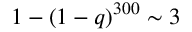
1 - ( 1 - q ) ^ { 3 0 0 } \sim 3